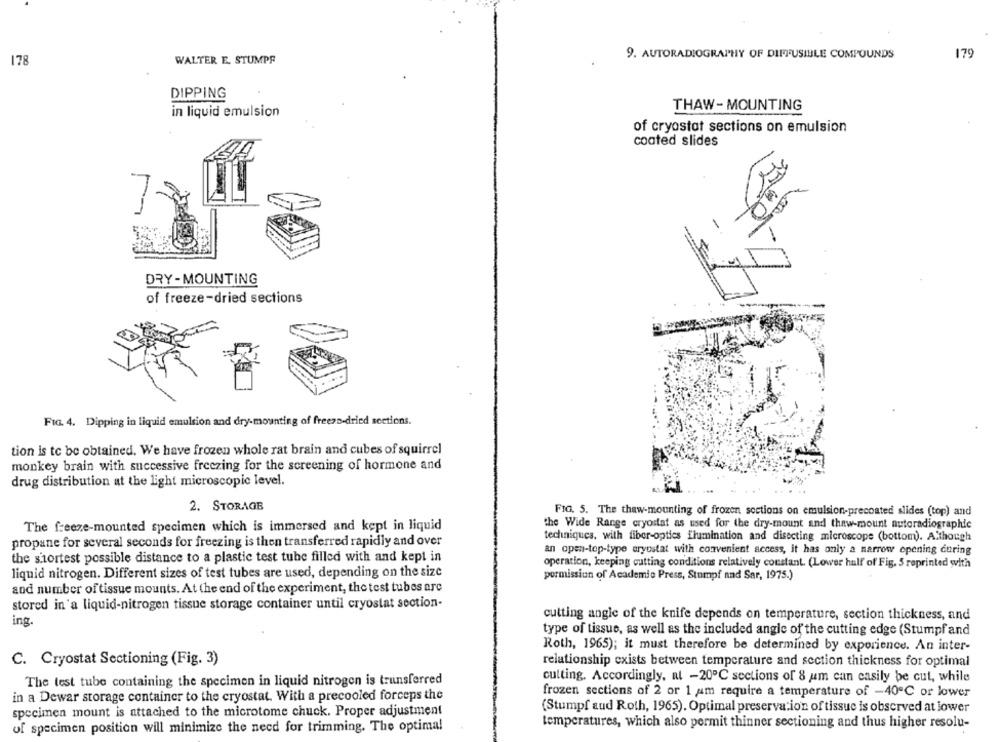
WALTER E. STUMPF
9. AUTORADIOGRAPHY OF DIFFUSIBLE COMPOUNDS
179
178
DIPPING
THAW-MOUNTING
in liquid emulsion
of cryostat sections on emulsion
coated slides
DRY-MOUNTING
of freeze-dried sections
Fia. 4. Dipping in liquid emulsion and dry-mounting of freezs-dried sections.
tion is to be obtained. We have frozen whole rat brain and cubes of squirrel
monkey brain with successive freezing for the screening of hormone and
drug distribution at the light microscopic level.
2. STORAGE
FIG. 5. The thaw-mounting of frozen sections on emulsion-precoated slides (top) and
The freeze-mounted specimen which is immersed and kept in liquid
the Wide Range cryostat as used for the dry-mount and thaw-mount autoradiographic
propane for several seconds for freezing is then transferred rapidly and over
techniques, with fiber-optics ilumination and disecting microscope (bottom). Although
an open-top-type eryostat with convenient access, it has only a narrow opening during
the shortest possible distance to a plastic test tube filled with and kept in
operation, keeping cutting conditions relatively constant. (Lower half of Fig. 5 reprinted with
liquid nitrogen. Different sizes of test tubes are used, depending on the size
permission of Academic Press, Stumpf and Sar, 1975.)
and number of tissue mounts. At the end of the experiment, the test tubes arc
stored in'a liquid-nitrogen tissue storage container until cryostat section-
ing.
cutting angle of the knife depends on temperature, section thickness, and
type of tissue, as well as the included angle of the cutting edge (Stumpf and
Roth, 1965); it must therefore be determined by experience. An inter-
C. Cryostat Sectioning (Fig. 3)
relationship exists between temperature and section thickness for optimal
The test tube containing the specimen in liquid nitrogen is transferred
cutting. Accordingly, al -20℃ sections of 8 um can easily be cut, while
in a Dewar storage container to the cryostat. With a precooled forceps the
frozen sections of 2 or 1 am require a temperature of -40℃ or lower
specimen mount is attached to the microtome chuck. Proper adjustment
(Stumpf sud Roth, 1965). Optimal preservation of tissue is observed at lower
of specimen position will minimize the need for trimming. The optimal
temperatures, which also permit thinner sectioning and thus higher resolu-